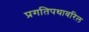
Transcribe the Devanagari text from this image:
प्रगतिपथावरिल